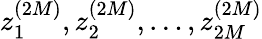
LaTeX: z_{1}^{(2M)},z_{2}^{(2M)},\dots,z_{2M}^{(2M)}